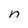
Character: n